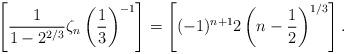
LaTeX: \begin{gather*}\left[ \frac{1}{1-2^{2/3}} \zeta_n\left(\frac{1}{3}\right)^{-1} \right] = \left[(-1)^{n+1} 2\left(n-\frac{1}{2}\right)^{1/3}\right].\end{gather*}